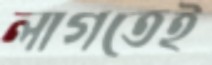
লাগতেই